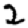
Digit: 2